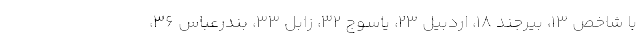
با شاخص 13، بیرجند 18، اردبیل 23، یاسوج 32، زابل 33، بندرعباس 36،